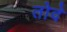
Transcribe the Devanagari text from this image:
तोदे